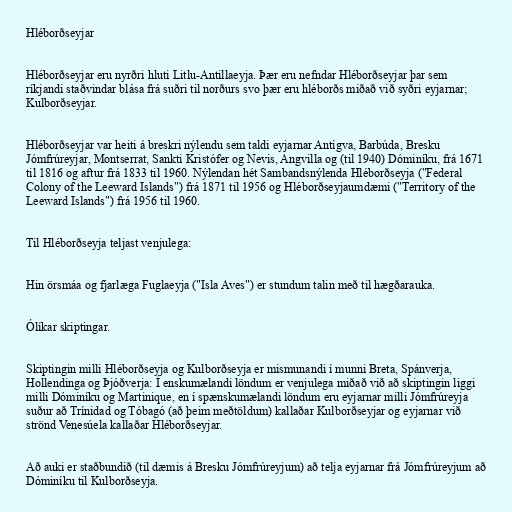
Hléborðseyjar

Hléborðseyjar eru nyrðri hluti Litlu-Antillaeyja. Þær eru nefndar Hléborðseyjar þar sem
ríkjandi staðvindar blása frá suðri til norðurs svo þær eru hléborðs miðað við syðri eyjarnar;
Kulborðseyjar.

Hléborðseyjar var heiti á breskri nýlendu sem taldi eyjarnar Antígva, Barbúda, Bresku
Jómfrúreyjar, Montserrat, Sankti Kristófer og Nevis, Angvilla og (til 1940) Dóminíku, frá 1671
til 1816 og aftur frá 1833 til 1960. Nýlendan hét Sambandsnýlenda Hléborðseyja ("Federal
Colony of the Leeward Islands") frá 1871 til 1956 og Hléborðseyjaumdæmi ("Territory of the
Leeward Islands") frá 1956 til 1960.

Til Hléborðseyja teljast venjulega:

Hin örsmáa og fjarlæga Fuglaeyja ("Isla Aves") er stundum talin með til hægðarauka.

Ólíkar skiptingar.

Skiptingin milli Hléborðseyja og Kulborðseyja er mismunandi í munni Breta, Spánverja,
Hollendinga og Þjóðverja: Í enskumælandi löndum er venjulega miðað við að skiptingin liggi
milli Dóminíku og Martinique, en í spænskumælandi löndum eru eyjarnar milli Jómfrúreyja
suður að Trínidad og Tóbagó (að þeim meðtöldum) kallaðar Kulborðseyjar og eyjarnar við
strönd Venesúela kallaðar Hléborðseyjar.

Að auki er staðbundið (til dæmis á Bresku Jómfrúreyjum) að telja eyjarnar frá Jómfrúreyjum að
Dóminíku til Kulborðseyja.